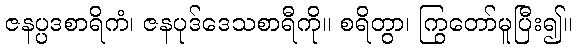
ဇနပ္ပဒစာရိကံ၊ ဇနပုဒ်ဒေသစာရီကို။ စရိတွာ၊ ကြွတော်မူပြီး၍။